Annual statistical returns and brief notes on vaccination in Bengal - 1909-1929
Year: 1909
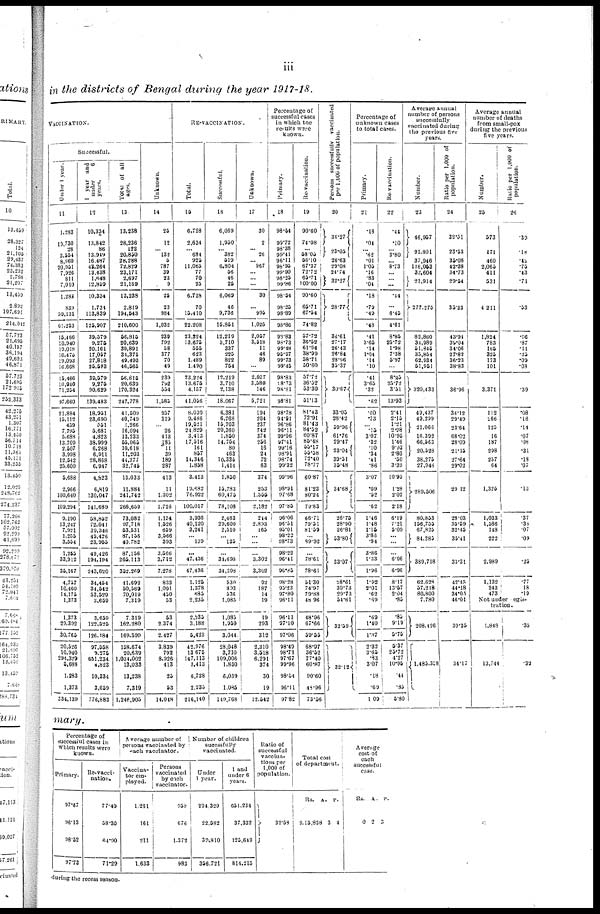
iii
in the districts of Bengal during the year 1917-18.
VACCINATION.
Successful.
Under 1 year.
11
1,283
10,730
28
3,554
8,860
20,951
7,926
811
7,010
1,283
839
59,131
61,253
15,466
10,940
19,018
16,475
19,093
16,668
15,466
10,940
71,254
97,660
21,884
15,112
459
7,795
5,688
13,709
2,507
3,998
12,542
25,600
5,688
2,966
100,640
109,294
9,190
13,247
7,921
1,255
3,554
1,265
33,912
35,167
4,757
10,460
14,175
1,373
1,373
29,392
30,765
20,526
10,940
294,329
5,683
1,283
1,373
334,139
year and
under
6
years.
12
10,334
13,842
86
13,949
16,487
43,264
13,438
1,648
12,859
10,334
1,734
113,839
125,907
39,579
9,275
20,161
17,057
27,818
25,593
39,579
9,275
90,629
139,483
18,951
23,690
551
5,681
4,823
38,999
6,268
6,911
28,868
6,947
4,823
6,819
30,047
141,689
58,852
72,041
39,346
49,426
23,955
49,426
194,194
243,620
34,454
34,542
53,529
3,659
3,659
122,525
126,184
97,558
9,275
651,234
4,823
10,334
3,659
776,883
Total of all
ages.
13
13,238
28,236
122
20,850
28,288
72,829
23,171
2,697
21,169
13,238
2,819
194,643
210,600
56,815
20,639
39,891
34,376
49,493
46,565
56,815
20,639
170,324
247,778
41,509
40,749
1,266
16,094
13,233
55,065
10,618
11,203
44,377
32,746
13,033
11,884
241,742
266,659
73,082
97,718
53,531
87,156
40,782
87,156
265,113
352,269
41,692
50,569
70,019
7,319
7,319
162,280
169,599
158,674
20,639
1,034,002
13,033
13,238
7,319
1,246,905
Unknown.
14
25
12
... 132
5
787
39
23
9
25
23
984
1,032
239
792
58
377
70
49
239
792
554
1,585
257
319
... 26
413
135 .11
39
189
287
413
11
1,302
1,726
1,124
1,526
659
3,566
393
3,566
3,712
7,278
833
1,091
450
53
53
2,374
2,427
3,839
792
8,926
413
25
53
14,048
RE-VACCINATION.
Total.
15
6,728
2,634
... 634
925
11,065
77
70
25
6,728
70
15,410
22,208
23,224
13,675
555
623
1,489
1,490
23,224
13,675
4,157
41,056
8,030
9,486
19,521
24,829
3,413
17,516
161
857
14,346
1,858
3,413
19,682
76,922
100,017
3,936
40,120
3,241
... 139
...
47,436
47,436
1,125
1,378
685
2,235
2,235
3,188
5,423
42,976
13,675
147,113
3,413
6,728
2,235
216,140
Successful.
16
6,069
1,950
... 382
519
6,804
56
46
26
6,069
46
9,736
16,851
12,219
3,710
337
225
822
754
12,219
3,710
2,138
18,067
6,381
6,768
15,703
20,360
1,850
14,764
80
463
10,335
1,414
1,850
15,783
60,476
78,108
2,463
29,600
2,510
... 125
...
31,698
34,398
530
893
536
1,085
1,085
1,959
3,044
28,048
3,710
109,006
1,850
6,039
1,086
149,768
Unknown.
17
30
2
... 26
... 967
...
...
...
30
...
995
1,025
2,057
3,518
11
46
89
...
2,057
3,580
146
6,721
194
204
237
742
374
256
16
24
72
63
374
253
1,555
2,182
244
2,893
165
...
...
...
3,302
3,302
92
187
14
19
19
293
312
2,310
3,518
6,291
374
30
19
12,542
Percentage of
successful cases
in which the
results were
known.
Primary.
18
98.64
99.72
98.38
99.41
96.11
98.95
99.90
98.25
99.86
98.64
98.25
98.89
98.86
93.83
98.73
99.48
95.97
99.73
99.45
98.83
18.73
98.81
98.81
98.78
94.91
96.86
96.11
99.96
97.41
99.16
98.91
98.74
99.32
99.96
98.91
97.68
97.85
96.06
96.51
95.01
98.22
98.73
98.22
96.41
96.85
98.28
95.23
97.80
96.11
96.11
97.10
97.06
98.49
98.73
97.67
99.96
98.54
96.11
97.82
Re-vaccination.
19
90.60
74.08
... 58.05
56.10
67.37
72.72
65.71
100.00
90.60
66.71
67.54
74.82
57.72
36.52
61.94
38.99
58.71
50.60
57.72
36.52
53.30
51.13
81.43
72.91
81.43
84.52
60.87
86.48
55.17
55.58
72.40
78.77
60.87
81.23
80.24
79.83
66.71
79.51
81.59
... 89.92
...
78.61
78.61
51.30
74.97
79.88
48.96
48.96
67.66
59.55
68.97
36.52
77.40
60.87
90.60
48.96
73.56
Persons successfully vaccinated
per 1,000 of population.
20
34.27
23.05
26.63
29.08
24.74
32.27
28.77
36.61
27.17
26.43
26.84
28.96
35.37
30.67
33.05
28.42
59.96
61.76
29.47
23.04
39.51
35.48
34.68
26.75
28.90
26.81
53.80
33.07
25.61
39.73
29.73
54.61
32.59
32.12
Percentage of
unknown cases
to total cases.
Primary.
21
.18
.04
... .62
.01
1.05
.16
.83
.04
.18
.79
.49
.48
.41
3.65
.14
1.04
.14
.10
.41
3.65
.32
.62
.60
.73
... .15
3.07
.32
.10
.34
.41
.86
3.07
.09
.52
.62
1.46
1.48
1.15
3.88
.94
3.86
1.33
1.96
1.92
2.01
.62
.69
.69
1.40
1.37
2.32
3.65
.83
3.07
.18
.69
1.09
Re-vaccination.
22
.44
.10
... 3.80
... 8.73
...
... ...
.44
...
6.45
4.61
8.85
25.72
1.98
7.38
5.97
...
8.85
25.72
3.51
13.93
2.41
2.15
1.21
2.98
10.95
1.46
9.93
2.80
.50
3.39
10.95
1.28
2.02
2.18
6.19
7.21
5.09
...
...
...
6.96
6.96
8.17
13.57
2.04
.85
.85
9.19
5.75
5.37
25.72
4.27
10.96
.44
.35
5.80
Average annual
number of persons
successfully
vaccinated during
the previous five
years.
Number.
23
46,957
21,801
37,946
116,053
32,604
21,914
277,275
82,860
31,989
51,845
35,854
62,934
51,951
320,433
49,437
49,299
21,066
16,392
66.563
20,528
38,275
27,946
289,506
80,853
156,755
67,825
84,285
389,718
62,628
57,218
80,800
7,780
208,426
1,483,358
Ratio per 1,000 of
population.
24
32.51
23.53
35.08
42.38
34.73
29.54
35.23
43.91
36.04
34.06
27.82
36.23
38.83
36.96
34.12
29.49
23.64
68.02
23.09
21.15
27.64
29.02
29.12
28.03
35.59
32.45
35.41
33.31
42.45
44.18
34.05
46.01
39.35
34.17
Average annual
number of deaths
from small-pox
during the previous
five years.
Number.
25
573
171
460
2,065
411
531
4,211
1,824
783
165
325
173
101
3,371
112
266
125
16
187
298
257
64
1,325
1,033
1,586
148
222
2,989
1,132
243
473
Ratio per 1,000 of
population.
26
.39
.18
.42
.75
.43
.71
.53
.96
.87
.11 .25
.09
.08
.39
.08
.18
.14
.07
.08
.31
.18
.07
.13
.37
.38
.07
.09
.25
.77
18
.19
Not under regis-
tration.
1,843
13,744
.35
.32
mary.
Percentage of
successful cases in
which results were
known.
Primary.
97.67
96.13
98.52
97.73
Re-vacci-
nation.
77.40
58.30
64.90
71.29
Average number of
persons vaccinated by
each
vaaccinatior.
Vaccina-
tor em-
ployed.
1,261
161
211
1,633
Persons
vaccinated
by each
vaccinator.
958
676
1,372
983
Number of children
succssfully
vaccinated.
Under
1 year.
294,329
22,582
39,810
356,721
1 and
under 6
years.
651,234
37,332
125,649
814,215
Ratio of
successful
vaccina-
tions per
1,000 of
population.
32.53
Total cost
of department.
Rs.
3,15,838
A.
3
P.
4
Average
cost of
each
successful
case.
Rs.
0
A.
2
P.
3
during the recess season.